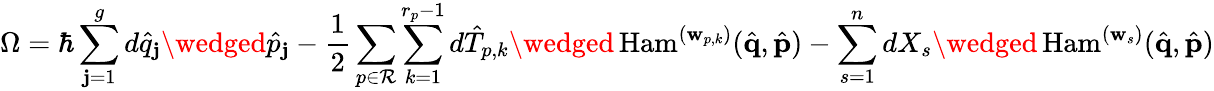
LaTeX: \Omega=\hbar\sum_{\mathbf{j}=1}^{g}d\hat{{q}}_{\mathbf{j}}\wedged\hat{{p}}_{\mathbf{j}}-\frac{{1}}{{2}}\sum_{p\in\mathcal{{R}}}\sum_{k=1}^{r_{p}-1}d\hat{{T}}_{p,k}\wedged\, \mathrm{{Ham}}^{(\mathbf{{w}}_{p,k})}(\hat{{\mathbf{{q}}}},\hat{{\mathbf{{p}}}})-\sum_{s=1}^{n}dX_{s}\wedged\, \mathrm{{Ham}}^{(\mathbf{{w}}_{s})}(\hat{{\mathbf{{q}}}},\hat{{\mathbf{{p}}}})